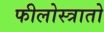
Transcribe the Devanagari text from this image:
फीलोस्त्रातो